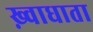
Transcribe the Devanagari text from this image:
ख़्वाधाता